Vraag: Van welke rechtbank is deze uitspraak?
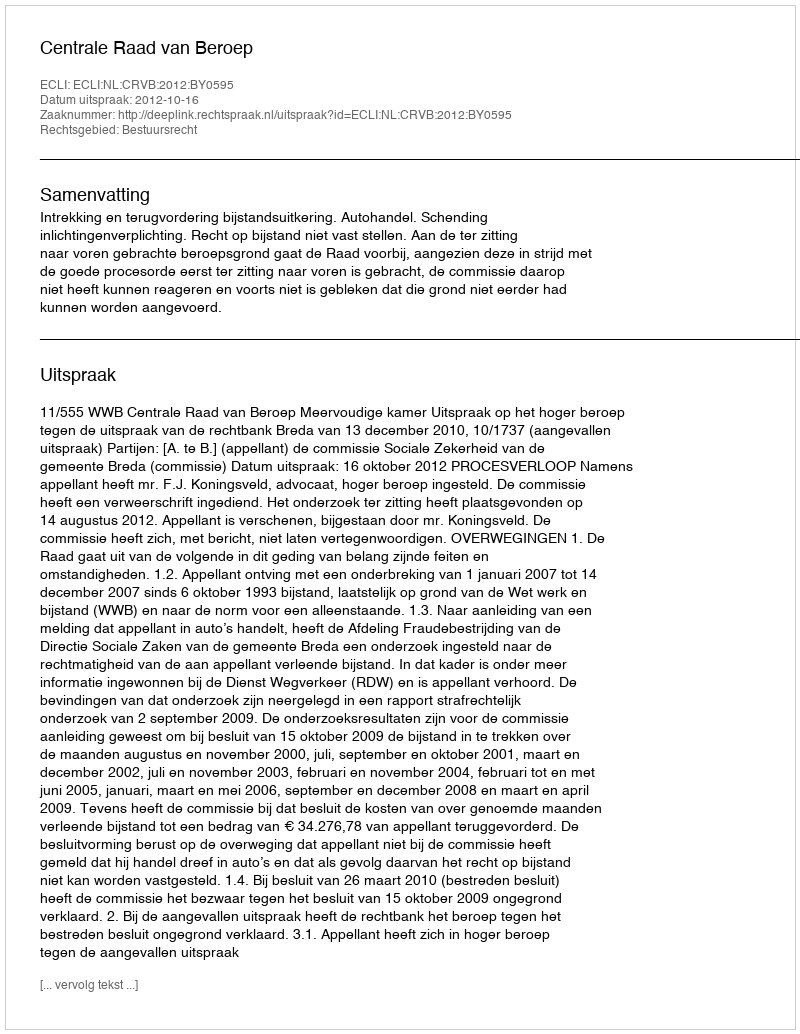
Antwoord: Centrale Raad van Beroep